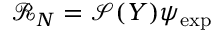
\mathcal { R } _ { N } = \mathcal { S } ( Y ) \psi _ { \mathrm { e x p } }